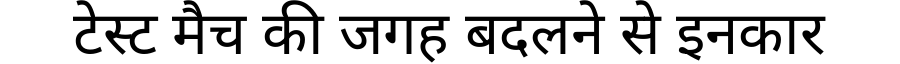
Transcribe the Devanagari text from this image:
टेस्ट मैच की जगह बदलने से इनकार